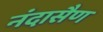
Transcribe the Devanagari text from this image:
नंदासैण